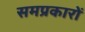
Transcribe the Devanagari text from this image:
समप्रकारों